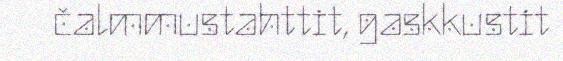
čalmmustahttit, gaskkustit